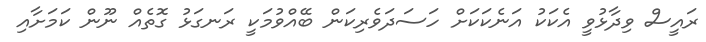
ރައީސް ވިދާޅުވީ އެކަކު އަނެކަކަށް ހަސަދަވެރިކަން ބޭއްވުމަކީ ރަނގަޅު ގޮތެއް ނޫން ކަމަށާއި